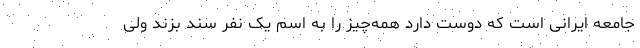
جامعه ایرانی است که دوست دارد همه‌چیز را به اسم یک نفر سند بزند ولی